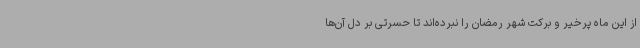
از این ماه پرخیر و برکت شهر رمضان را نبرده‌اند تا حسرتی بر دل آن‌ها